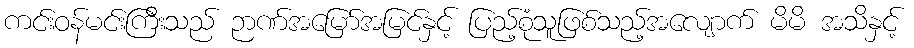
ကင်းဝန်မင်းကြီးသည် ဉာဏ်အမြော်အမြင်နှင့် ပြည့်စုံသူဖြစ်သည့်အလျောက် မိမိ အသိနှင့်